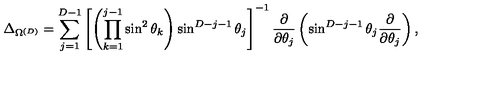
\Delta _ { \Omega ^ { ( { D } ) } } = \sum _ { j = 1 } ^ { { D } - 1 } \left[ \left( \prod _ { k = 1 } ^ { j - 1 } \sin ^ { 2 } \theta _ { k } \right) \sin ^ { { D } - j - 1 } \theta _ { j } \right] ^ { - 1 } \frac { \partial } { \partial \theta _ { j } } \left( \sin ^ { { D } - j - 1 } \theta _ { j } \frac { \partial } { \partial \theta _ { j } } \right) ,